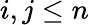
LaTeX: i,j\leq n